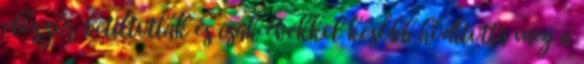
először betiltották és csak évekkel később hódította meg a